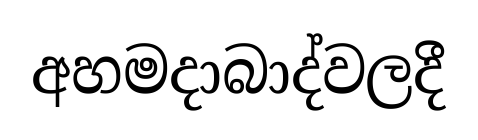
අහමදාබාද්වලදී